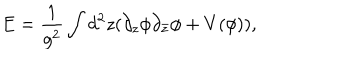
E = \frac { 1 } { g ^ { 2 } } \int d ^ { 2 } z ( \partial _ { z } \phi \partial _ { \bar { z } } \phi + V ( \phi ) ) ,